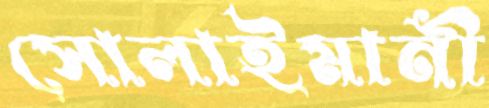
সোলাইমানী